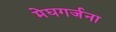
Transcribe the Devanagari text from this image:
मेघगर्जना